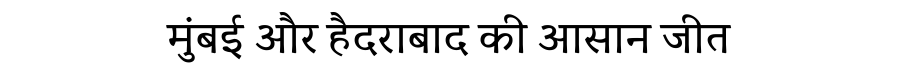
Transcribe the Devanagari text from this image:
मुंबई और हैदराबाद की आसान जीत